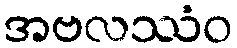
အဗလဿံဝ